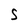
Character: S